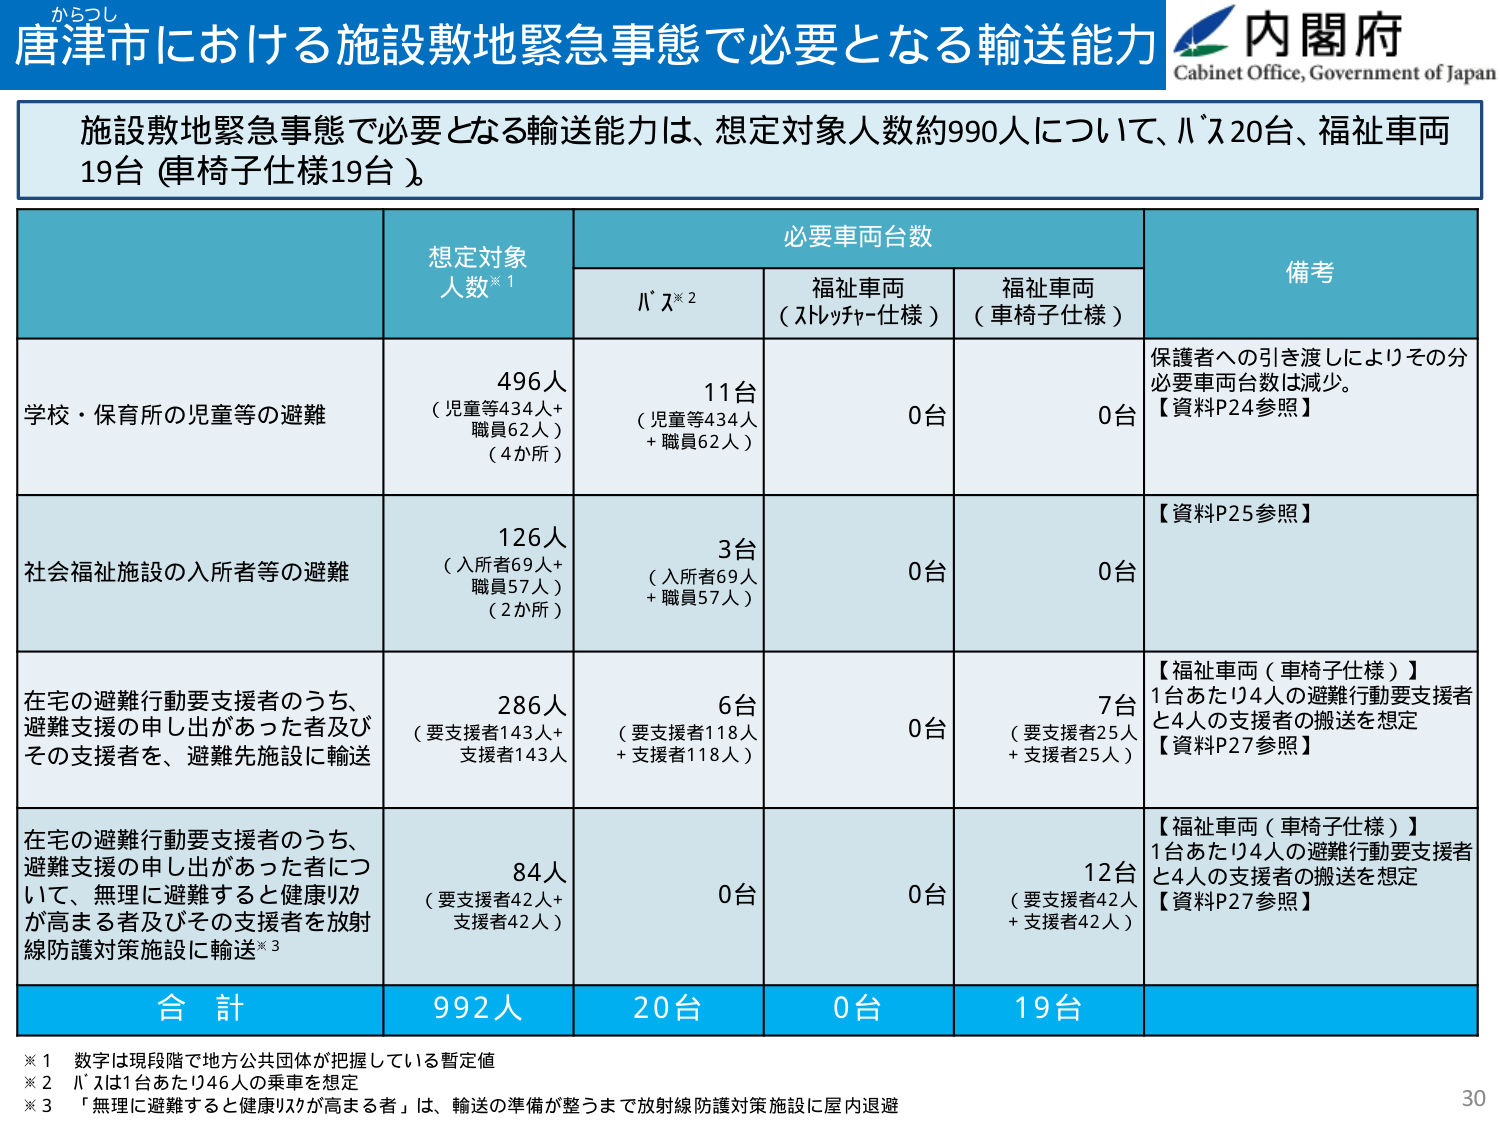
からつし
唐津市における施設敷地緊急事態で必要となる輸送能力
内閣府
Cabinet Office, Government of Japan

施設敷地緊急事態で必要となる輸送能力は、想定対象人数約990人について、バス20台、福祉車両19台（車椅子仕様19台）。

| | 想定対象人数※1 | 必要車両台数 | 備考 |
|---|---|---|---|
| | | バス※2 | 福祉車両（ストレッチャー仕様） | 福祉車両（車椅子仕様） | |
| 学校・保育所の児童等の避難 | 496人（児童等434人+職員62人）（4か所） | 11台（児童等434人+職員62人） | 0台 | 0台 | 保護者への引き渡しによりその分必要車両台数は減少。【資料P24参照】 |
| 社会福祉施設の入所者等の避難 | 126人（入所者69人+職員57人）（2か所） | 3台（入所者69人+職員57人） | 0台 | 0台 | 【資料P25参照】 |
| 在宅の避難行動要支援者のうち、避難支援の申し出があった者及びその支援者を、避難先施設に輸送 | 286人（要支援者143人+支援者143人） | 6台（要支援者118人+支援者118人） | 0台 | 7台（要支援者25人+支援者25人） | 【福祉車両（車椅子仕様）】1台あたり4人の避難行動要支援者と4人の支援者の搬送を想定【資料P27参照】 |
| 在宅の避難行動要支援者のうち、避難支援の申し出があった者について、無理に避難すると健康リスクが高まる者及びその支援者を放射線防護対策施設に輸送※3 | 84人（要支援者42人+支援者42人） | 0台 | 0台 | 12台（要支援者42人+支援者42人） | 【福祉車両（車椅子仕様）】1台あたり4人の避難行動要支援者と4人の支援者の搬送を想定【資料P27参照】 |
| 合計 | 992人 | 20台 | 0台 | 19台 | |

※1 数字は現段階で地方公共団体が把握している暫定値
※2 バスは1台あたり46人の乗車を想定
※3 「無理に避難すると健康リスクが高まる者」は、輸送の準備が整うまで放射線防護対策施設に屋内退避

30